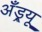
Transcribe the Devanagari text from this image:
अॅँड्र्यू